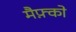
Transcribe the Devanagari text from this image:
मैफ़्को